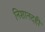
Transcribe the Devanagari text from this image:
निशानदही